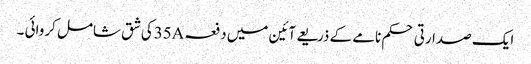
ایک صدارتی حکم نامے کے ذریعے آئین میں دفعہ35Aکی شق شامل کروائی ۔